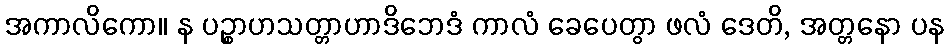
အကာလိကော။ န ပဉ္စာဟသတ္တာဟာဒိဘေဒံ ကာလံ ခေပေတွာ ဖလံ ဒေတိ, အတ္တနော ပန